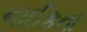
નાઈકના